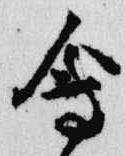
会